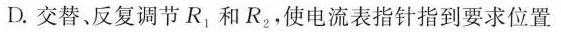
D.交替、反复调节R_{1}和R_{2}，使电流表指针指到要求位置